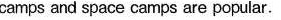
camps and space camps are popular.